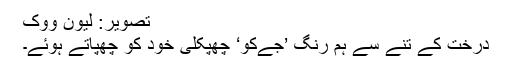
تصویر: لیون ووک
درخت کے تنے سے ہم رنگ ’جےکو‘ چھپکلی خود کو چھپاتے ہوئے۔